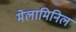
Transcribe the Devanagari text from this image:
मेलामिनिल